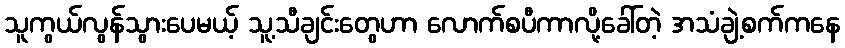
သူကွယ်လွန်သွားပေမယ့် သူ့သီချင်းတွေဟာ လောက်စပီကာလို့ခေါ်တဲ့ အသံချဲ့စက်ကနေ